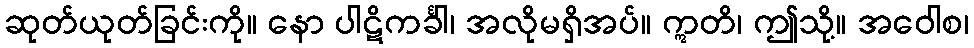
ဆုတ်ယုတ်ခြင်းကို။ နော ပါဋိကင်္ခါ၊ အလိုမရှိအပ်။ ဣတိ၊ ဤသို့။ အဝေါစ၊